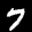
Label: 7